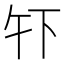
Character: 𫠧